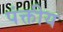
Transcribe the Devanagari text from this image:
पंक्तीय